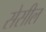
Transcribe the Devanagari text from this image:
सेसील